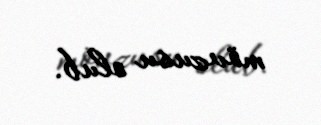
mövzusu olub.